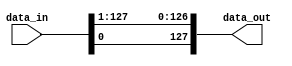

module bit_rotate(input [127:0] data_in, output wire [127:0] data_out);

    
     assign   data_out = {data_in[0], data_in[127:1]}; // Rotate left by 1 bit
    
endmodule